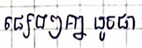
ផ្សេងៗគ្នាដូចជា